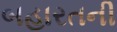
બહારતની